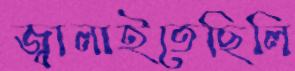
জ্বালাইতেছিলি